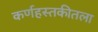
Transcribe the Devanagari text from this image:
कर्णहस्तकीतला